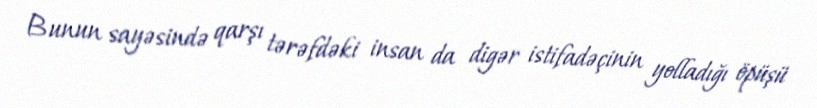
Bunun sayəsində qarşı tərəfdəki insan da digər istifadəçinin yolladığı öpüşü